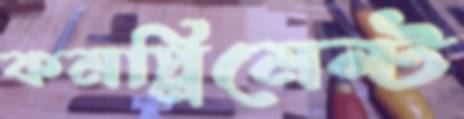
কমপ্লিমেন্ট